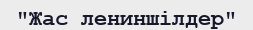
"Жас лениншілдер"